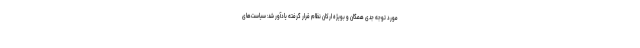
مورد توجه جدی همگان و بویژه ارکان نظام قرار گرفته یادآور شد: سیاست‌های